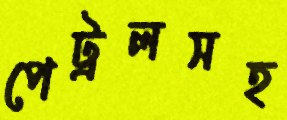
পেট্রলসহ